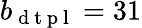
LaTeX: b_{\mathrm{~d~t~p~l~}}=31